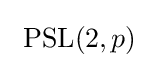
\ \mathrm {PSL} (2,p)\